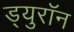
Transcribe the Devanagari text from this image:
ड्युरॉन